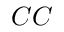
C C